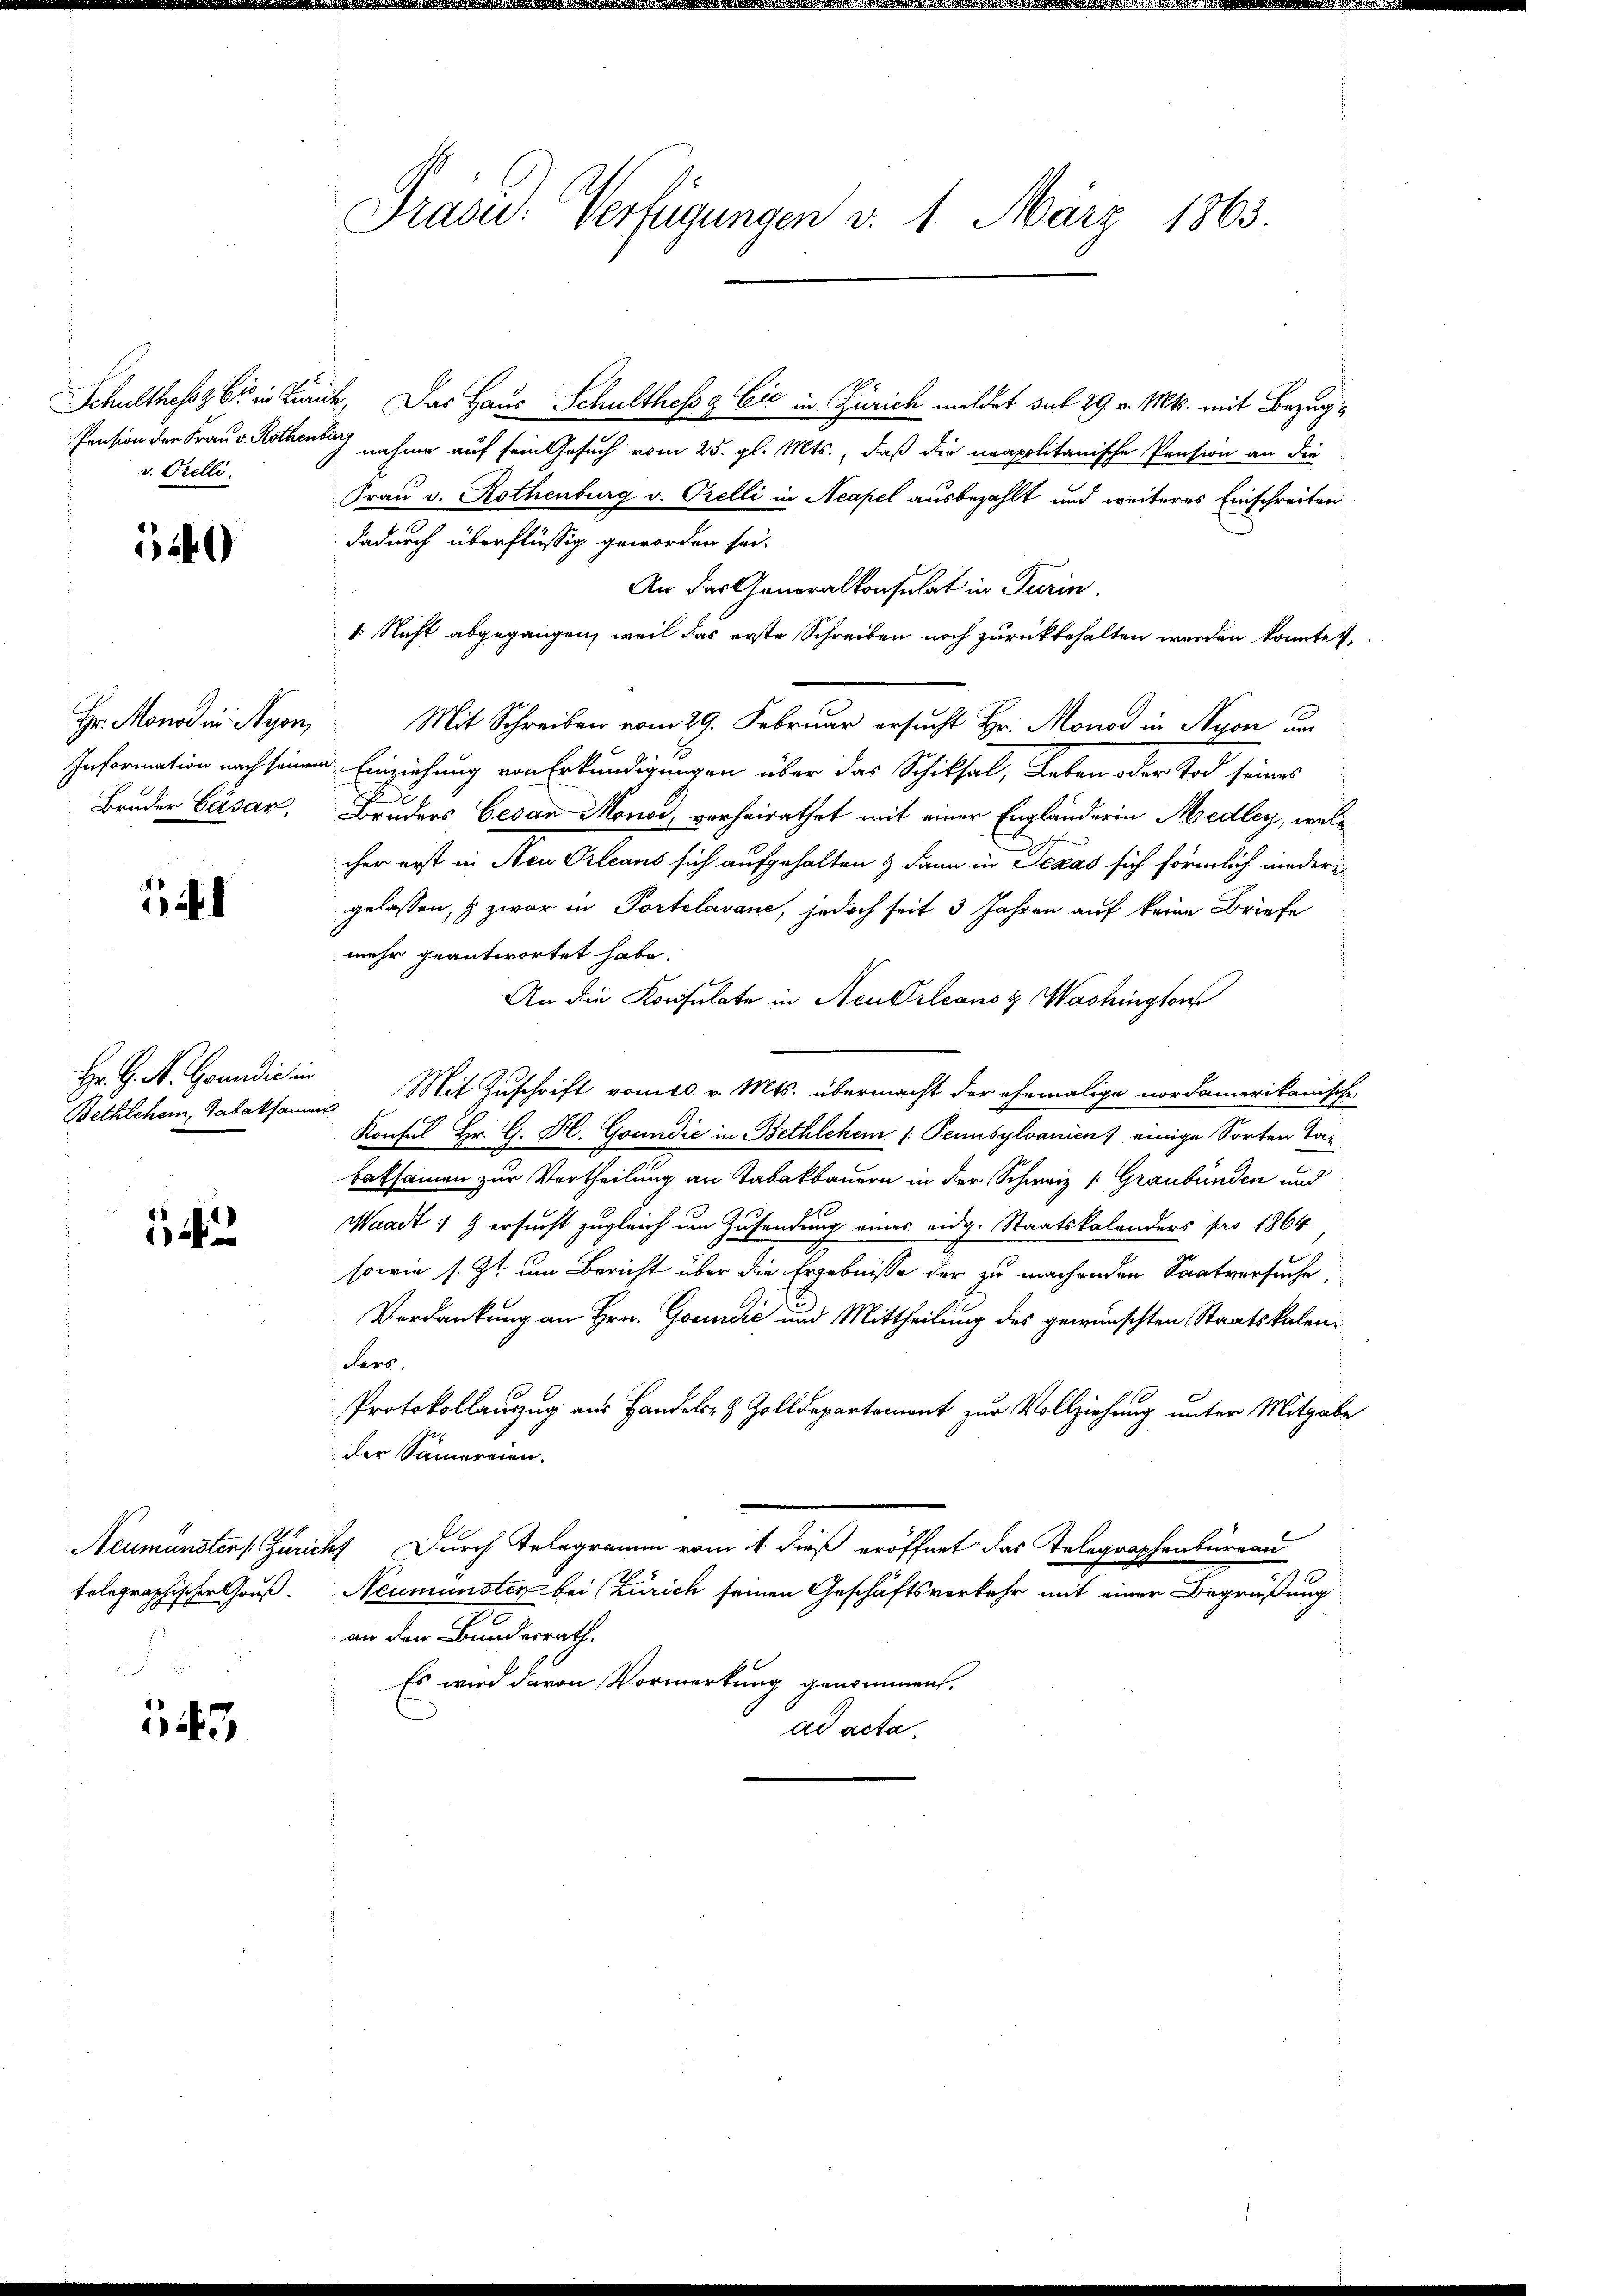
Schulthess bis in Ein
Pension der Frau v. Rothen
v. Orelli

12)

Hr. Monod in Nyon,
Information nach seiner
Bruder Gasar,

i

Hr. G. N. Goundi in
Bethlehen, Tabaksam

14

Neumünster /: Zuric
telegraphischer Gruß.

347

Präsid. Verfügungen d. 1. März 1863.

ich. Das Haus Schulthess g Cić in Zürich meldet sub 29. v. Mts. mit Bezugchnahme auf sein Gesuch vom 25. gl. Mts., daß die neapolitanische Pension an die
Frau v. Rothenburg v. Orelli in Neapel ausbezahlt und weiteres Einschreiten
dadurch überflüssig geworden sei.
An das Generalkonsulat in Turin.
. Nicht abgegangen, weil das erste Schreiben noch zurückbehalten werden konnte
Mit Schreiben vom 29. Februar ersucht Hr. Monod in Nyon um
a. Einziehung von Erkundigungen über das Schiksal, Leben oder Tod seines
c
Bruders, Gesan Mono, verheirathet mit einer Engländerin Medley, welc
cher erst in Neu Orleans sich aufgehalten & dann in Seras sich förmlich niedere
gelassen, & zwar in Portelavanc, jedoch seit 3 Jahren auf keine Briefe
mehr geantwortet habe.
An die Konsulate in Neu Orleans Washington
u Mit Zuschrift vom 10. v. Mts. übermacht der ehemalige nordamerikanische
Konsul Hr. G. H. Grundić in Bethlehen (Pennsylvanien) einige Sorten Taxbaksamen zur Vertheilung an Tabakbauern in der Schweiz /: Graubünden und
Waadt: 9 ersucht zugleich um Zusendung eines eidg. Staatskalenders pro 1864
sowie s. Zt. um Bericht über die Ergebnisse der zu machenden Saatversuche
Verdankung an Hrn. Gocidić und Mittheilung des gewünschten Staatskalenders.
Protokollauzug aus Handels- & Zolldepartement zur Vollziehung unter Mitgabe
der Samereien.
4 Durch Telegramm vom 1. dieß eröffnet das Telegraphenbureau
Neumünster bei (Zürich seinen Geschäftsverkehr mit einer Begrüßung
an den Bundesrath.
Es wird davon Vormerkung genommen.
ad acta,